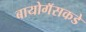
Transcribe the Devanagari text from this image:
बायोगॅसकडे